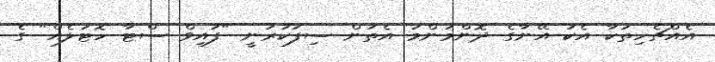
އެއްޗެހިތަކާ އެކު އޭނާގެ ދޮންމަންމަ އެތަން ސިފަކުރަނީ "ފައިވް ސްޓާ ހޮޓަލެއް" ގެ